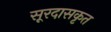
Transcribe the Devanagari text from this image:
सूरदासकृत